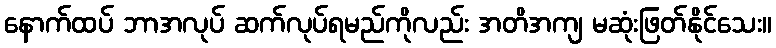
နောက်ထပ် ဘာအလုပ် ဆက်လုပ်ရမည်ကိုလည်း အတိအကျ မဆုံးဖြတ်နိုင်သေး။